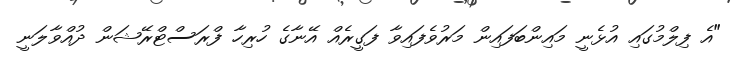
"އެ ފިލްމުގައި އުޅެނީ މައިންބަފައިން މަރުވެފައިވާ ފަގީރެއް އޭނާގެ ހުރިހާ ފްރަސްޓްރޭޝަން ދުއްވާލަނީ